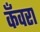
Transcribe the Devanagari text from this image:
कँवरा